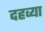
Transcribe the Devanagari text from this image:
दहव्या